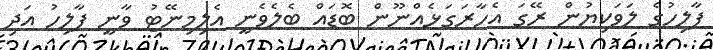
ފާލިހުގެ ލަވަކިޔުން ރޭގަ އެހާރަގަޅެއްނޫން ބޮޑައް ބެލެވެނީ އެލިމިނޭޓު ވާނީ ފާލިހު އަދި